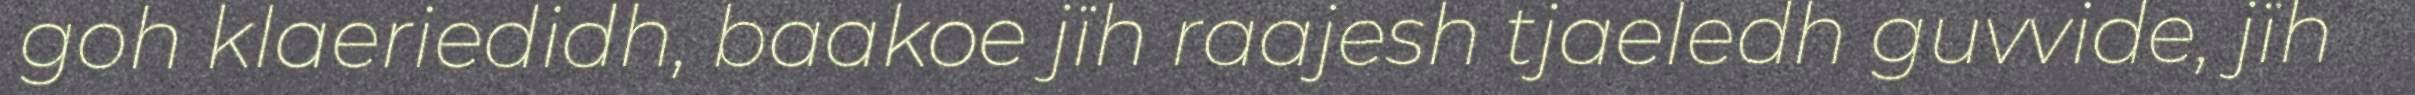
goh klaeriedidh, baakoe jïh raajesh tjaeledh guvvide, jïh